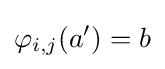
\varphi _{i,j}(a')=b